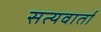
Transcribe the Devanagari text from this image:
सत्यवार्ता